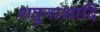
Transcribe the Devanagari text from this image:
शत्रुनाशादि